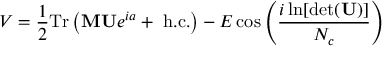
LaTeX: V = \frac { 1 } { 2 } \mathrm { T r } \left( { \bf M U } e ^ { i { a } } + ~ \mathrm { h . c . } \right) - E \cos \left( \frac { i \ln [ \operatorname * { d e t } ( { \bf U } ) ] } { N _ { c } } \right)